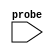

module probe_pc (
	probe);	

	input	[31:0]	probe;
endmodule